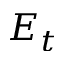
E _ { t }